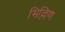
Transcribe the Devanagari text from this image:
भिल्लिण